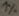
Text: 1%